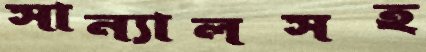
সান্যালসহ